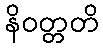
နိဝတ္တတိ